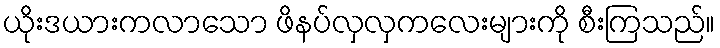
ယိုးဒယားကလာသော ဖိနပ်လှလှကလေးများကို စီးကြသည်။